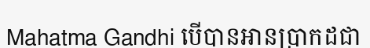
Mahatma Gandhi បើបានអានប្រាកដជា